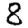
Digit: 8